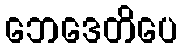
ဘေဒေတိပေ